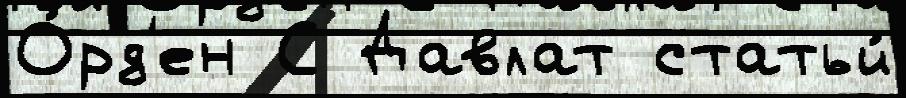
О́рд'ен С Давлат статьи́